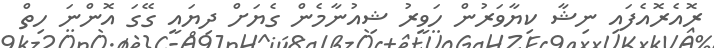
ރޮއެރޮއެފައި ނިޝާ ކިޔާވަރުން ހަވީރު ޝިއުނާމެން ގެޔަށް ދިޔައީ ގޭގަ އޮންނަ ހިތް